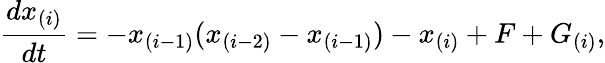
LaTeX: \frac{dx_{(i)}}{dt}=-x_{(i-1)}(x_{(i-2)}-x_{(i-1)})-x_{(i)}+F+G_{(i)},